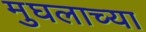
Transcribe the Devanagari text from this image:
मुघलाच्या